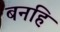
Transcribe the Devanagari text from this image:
बनहि